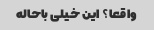
واقعا؟ این خیلی باحاله